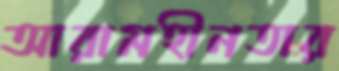
আরামহীনতার